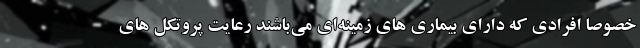
خصوصاً افرادی که دارای بیماری های زمینه‌ای می‌باشند رعایت پروتکل های